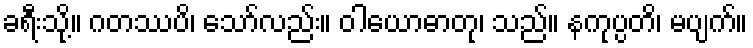
ခရီးသို့။ ဂတဿပိ၊ သော်လည်း။ ဝါယောဓာတု၊ သည်။ နကုပ္ပတိ၊ မပျက်။